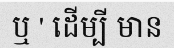
ឬ ' ដើម្បី មាន